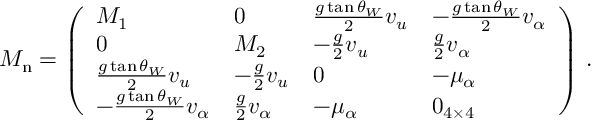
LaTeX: M _ { \mathrm { n } } = \left( \begin{array} { l l l l } { { M _ { 1 } } } & { { 0 } } & { { { \frac { g \tan \theta _ { W } } { 2 } } v _ { u } } } & { { - { \frac { g \tan \theta _ { W } } { 2 } } v _ { \alpha } } } \\ { { 0 } } & { { M _ { 2 } } } & { { - { \frac { g } { 2 } } v _ { u } } } & { { { \frac { g } { 2 } } v _ { \alpha } } } \\ { { { \frac { g \tan \theta _ { W } } { 2 } } v _ { u } } } & { { - { \frac { g } { 2 } } v _ { u } } } & { { 0 } } & { { - \mu _ { \alpha } } } \\ { { - { \frac { g \tan \theta _ { W } } { 2 } } v _ { \alpha } } } & { { { \frac { g } { 2 } } v _ { \alpha } } } & { { - \mu _ { \alpha } } } & { { 0 _ { 4 \times 4 } } } \end{array} \right) \, .